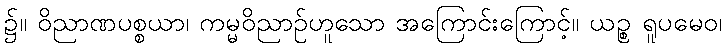
၌။ ဝိညာဏပစ္စယာ၊ ကမ္မဝိညာဉ်ဟူသော အကြောင်းကြောင့်။ ယဉ္စ ရူပမေဝ၊